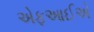
એફઆઈએ